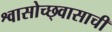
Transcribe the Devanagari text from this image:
श्वासोच्छ्वासाची